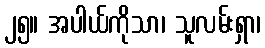
၂၅။ အပါယ်ကိုသာ၊ သူလမ်းရှာ၊